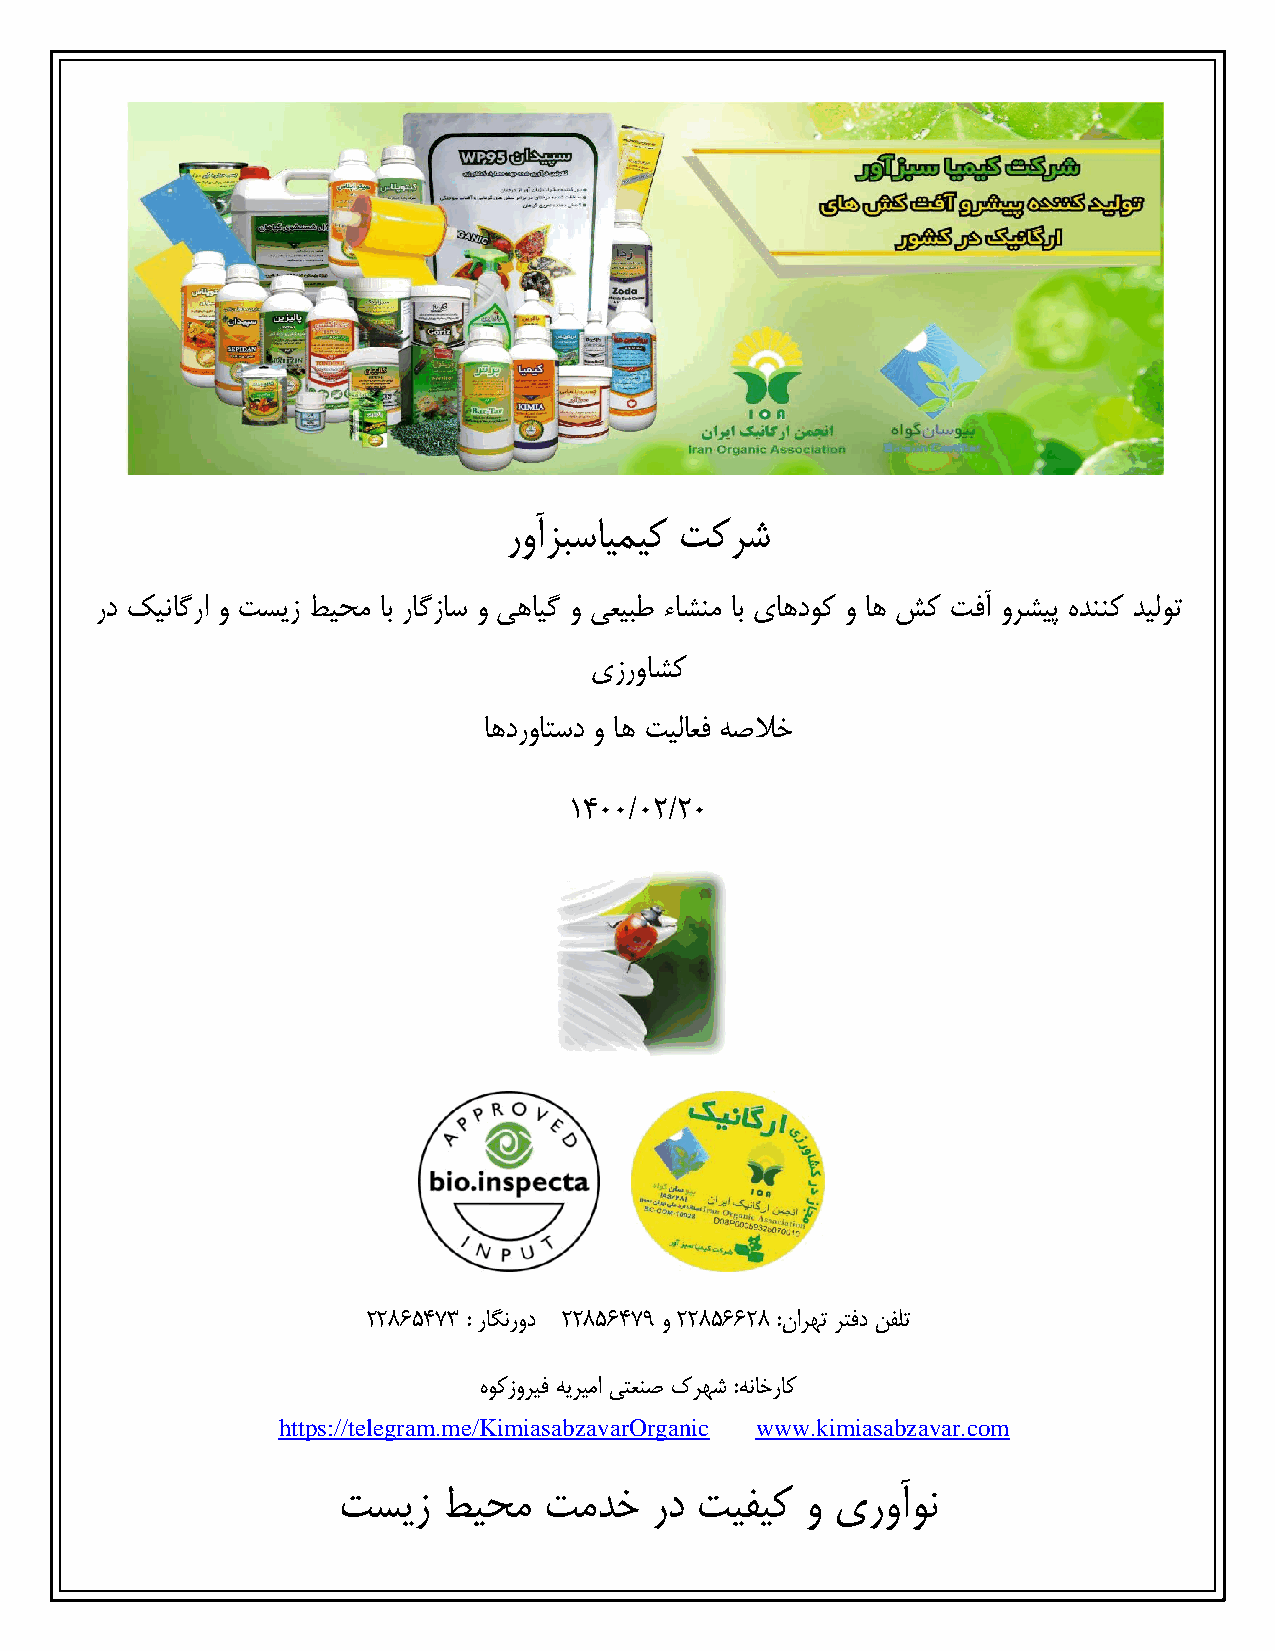
روآزبسایمیک تکرش
 رد کیناگرا و تسیز طیحم اب راگزاس و یهایگ و یعیبط ءاشنم اب یاهدوک و اه شک تفآ ورشیپ هدننک دیلوت
 یزرواشک
 اهدرواتسد و اه تیلاعف هصلاخ
 1400/02/20
 22865473 : راگنرود 22856479 و 22856628 :نارهت رتفد نفلت
 هوکزوریف هیریما یتعنص کرهش :هناخراک
 https://telegram.me/KimiasabzavarOrganic www.kimiasabzavar.com
 تسیز   طیحم   تمدخ   رد تیفیک  و یروآون